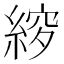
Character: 𮈠